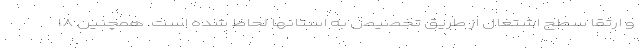
و ارتقا سطح اشتغال از طریق تخصیص به استانها لحاظ شده است. همچنین ۱۸